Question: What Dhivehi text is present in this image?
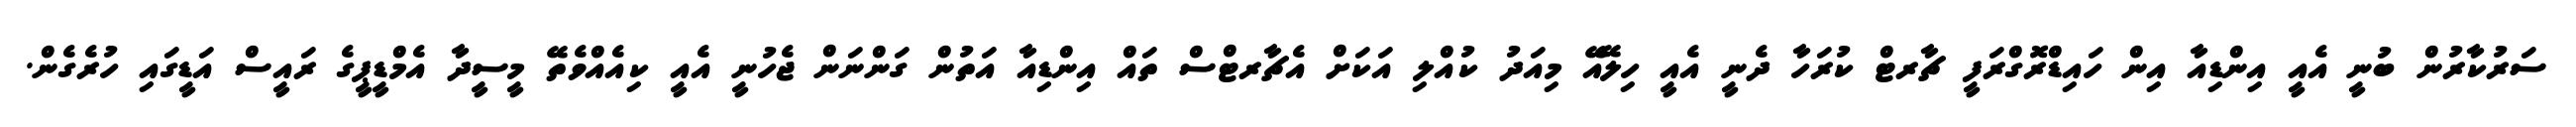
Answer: ސަރުކާރުން ބުނީ އެއީ އިންޑިއާ އިން ހައިޑްރޮގްރަފީ ޗާރޓް ކުރަހާ ދެނީ އެއީ ހިލޭއޭ މިއަދު ކުއްލި އަކަށް އެޗާރޓްސް ތައް އިންޑިއާ އަތުން ގަންނަން ޖެހުނީ އެއީ ކިއެއްވެތޭ މީސީދާ އެމްޑީޕީގެ ރައީސް އަޑީގައި ހުރެގެން.